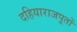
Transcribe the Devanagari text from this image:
दहियाराजपूतों